Indian Civil Veterinary Department memoirs
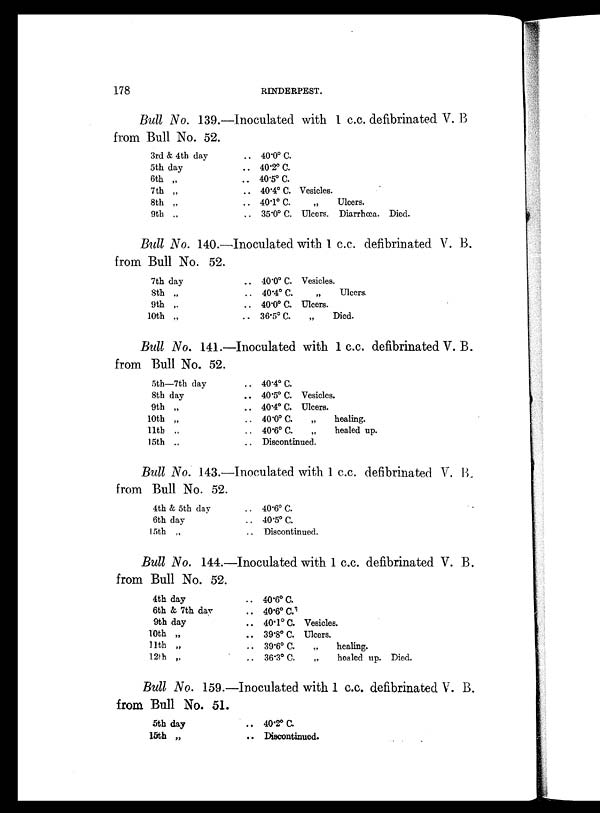
178
RINDERPEST.
Bull No. 139.—Inoculated with 1 c.c. defibrinated V. B
from Bull No. 52.
3rd & 4th day
5th day
6th „
7th „
8th „
9th „
.. 40.0º C.
.. 40.2º C.
.. 40.5º C.
.. 40.4º C. Vesicles.
.. 40.1º C.
„
Ulcers.
.. 35.0º C. Ulcers. Diarrhœa. Died.
Bull No. 140.—Inoculated with 1 c.c. defibrinated V. B.
from Bull No. 52.
7th day
8th „
9th „
10th „
.. 40.0º C.
.. 40.4º C.
.. 40.0º C.
.. 36.5º C.
Vesicles.
„
Ulcers.
Ulcers.
Died.
Bull No. 141.—Inoculated with 1 c.c. defibrinated V. B.
from Bull No. 52.
5th—7th day
8th day
9th „
10th „
11th „
15th „
.. 40.4º C.
.. 40.5º C. Vesicles.
.. 40.4º C. Ulcers.
.. 40.0º C.
„
healing.
.. 40.6º C.
„
healed up.
.. Discontinued.
Bull No. 143.—Inoculated with 1 c.c. defibrinated V. B.
from Bull No. 52.
4th & 5th day
6th day
15th „
.. 40.6º C.
.. 40.5º C.
.. Discontinued.
Bull No. 144.—Inoculated with 1 c.c. defibrinated V. B.
from Bull No. 52.
4th day
6th & 7th day
9th day
10th „
11th „
12th „
.. 40.6º C.
.. 40.6º C.
.. 40.1º C. Vesicles.
.. 39.8º C. Ulcers.
.. 39.6º C.
„
healing.
.. 36.3º C.
„
healed up. Died.
Bull No. 159.—Inoculated with 1 c.c. defibrinated V. B.
from Bull No. 51.
5th day
15th „
.. 40.2º C.
.. Discontinued.